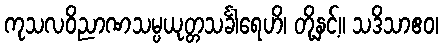
ကုသလဝိညာဏသမ္ပယုတ္တသင်္ခါရေဟိ၊ တို့နှင့်။ သဒိသာဧဝ၊